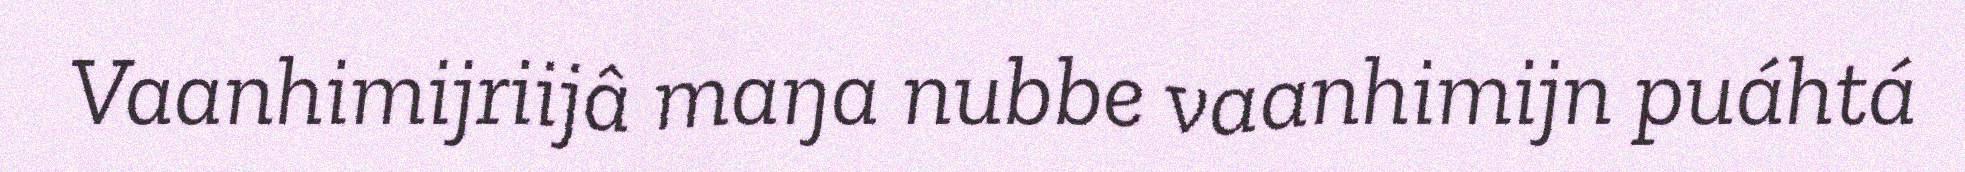
Vaanhimijriijâ maŋa nubbe vaanhimijn puáhtá